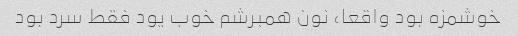
خوشمزه بود واقعا، نون همبرشم خوب یود فقط سرد بود